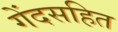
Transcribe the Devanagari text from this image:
गेंदसहित